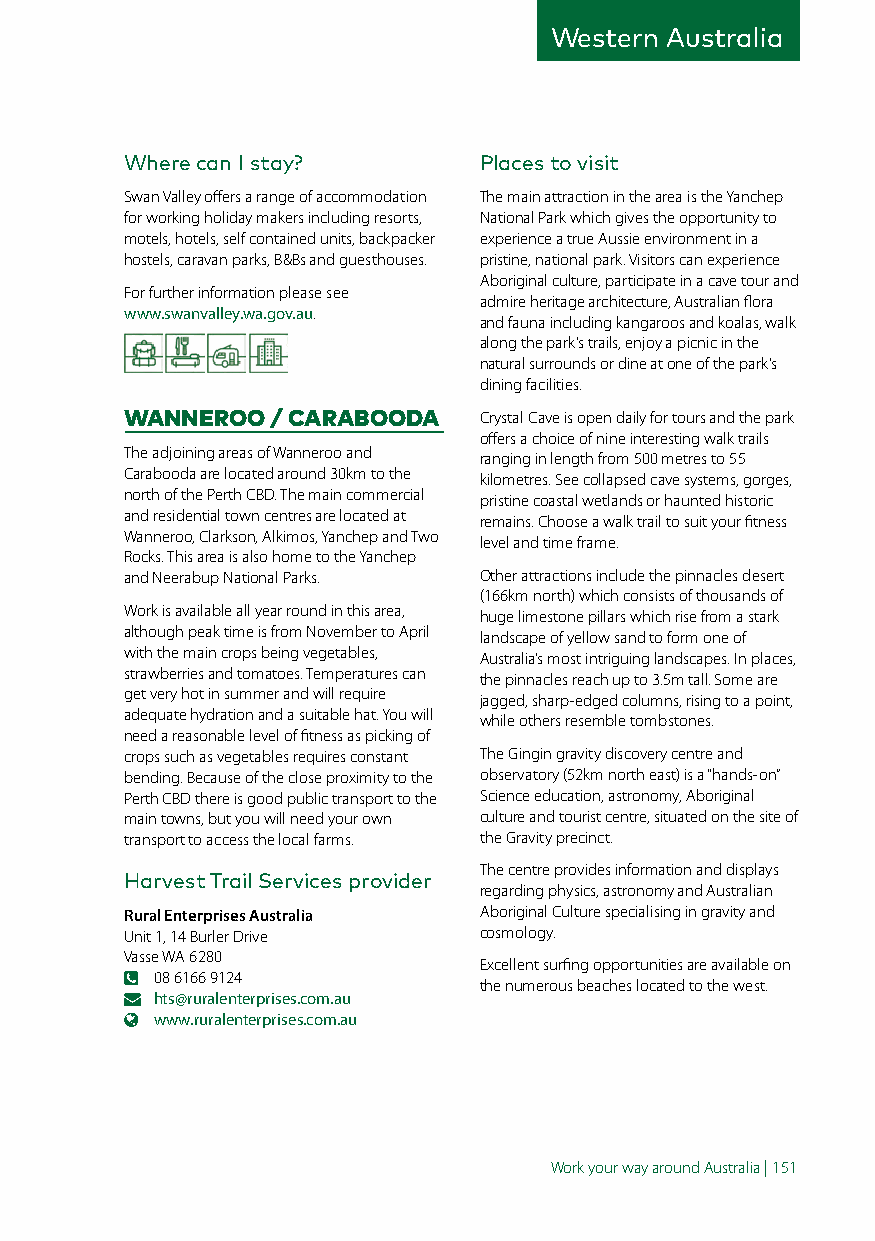
Western Australia
 Where can I stay?       Places to visit
 Swan Valley offers a range of accommodation The main attraction in the area is the Yanchep
 for working holiday makers including resorts, National Park which gives the opportunity to
 motels, hotels, self contained units, backpacker experience a true Aussie environment in a
 hostels, caravan parks, B&Bs and guesthouses. pristine, national park. Visitors can experience
 Aboriginal culture, participate in a cave tour and
 For further information please see
 admire heritage architecture, Australian flora
 www.swanvalley.wa.gov.au.
 and fauna including kangaroos and koalas, walk
 along the park’s trails, enjoy a picnic in the
 natural surrounds or dine at one of the park’s
 dining facilities.
 WANNEROO  / CARABOODA   Crystal Cave is open daily for tours and the park
 offers a choice of nine interesting walk trails
 The adjoining areas of Wanneroo and ranging in length from 500 metres to 55
 Carabooda are located around 30km to the kilometres. See collapsed cave systems, gorges,
 north of the Perth CBD. The main commercial pristine coastal wetlands or haunted historic
 and residential town centres are located at remains. Choose a walk trail to suit your fitness
 Wanneroo, Clarkson, Alkimos, Yanchep and Two level and time frame.
 Rocks. This area is also home to the Yanchep
 and Neerabup National Parks. Other attractions include the pinnacles desert
 (166km north) which consists of thousands of
 Work is available all year round in this area, huge limestone pillars which rise from a stark
 although peak time is from November to April landscape of yellow sand to form one of
 with the main crops being vegetables, Australia’s most intriguing landscapes. In places,
 strawberries and tomatoes. Temperatures can the pinnacles reach up to 3.5m tall. Some are
 get very hot in summer and will require jagged, sharp-edged columns, rising to a point,
 adequate hydration and a suitable hat. You will while others resemble tombstones.
 need a reasonable level of fitness as picking of
 crops such as vegetables requires constant The Gingin gravity discovery centre and
 bending. Because of the close proximity to the observatory (52km north east) is a “hands-on”
 Perth CBD there is good public transport to the Science education, astronomy, Aboriginal
 main towns, but you will need your own culture and tourist centre, situated on the site of
 transport to access the local farms. the Gravity precinct.
 The centre provides information and displays
 Harvest Trail Services provider
 regarding physics, astronomy and Australian
 Rural Enterprises Australia Aboriginal Culture specialising in gravity and
 Unit 1, 14 Burler Drive cosmology.
 Vasse WA 6280
 Excellent surfing opportunities are available on
 08 6166 9124
 the numerous beaches located to the west.
 hts@ruralenterprises.com.au
 www.ruralenterprises.com.au
 Work your way around Australia | 151